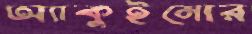
অ্যাকুইনোর